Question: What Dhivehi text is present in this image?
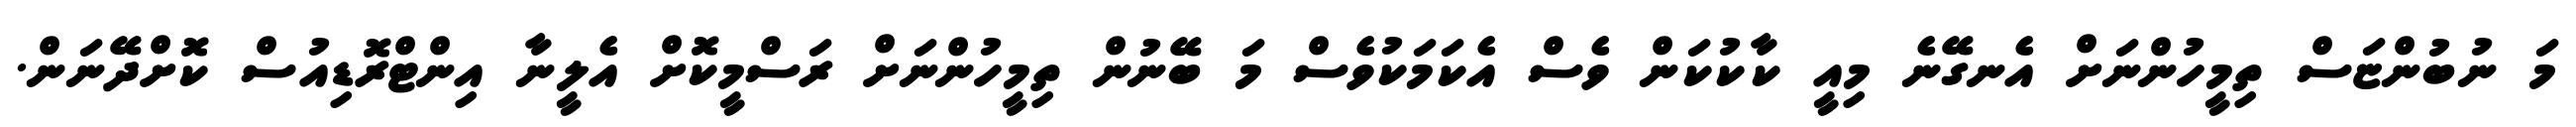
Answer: މަ ނުބުންޏަސް ތިމީހުންނަށް އެނގޭނެ މިއީ ކާކުކަން ވެސް އެކަމަކުވެސް މަ ބޭނުން ތިމީހުންނަށް ރަސްމީކޮށް އެލީނާ އިންޓްރޮޑިއުސް ކޮށްދޭނަން.